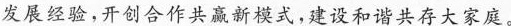
发展经验，开创合作共赢新模式，建设和谐共存大家庭。